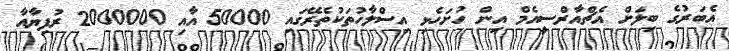
އެބަރުގެ ބިލަށް އެޗްއާރްސީއެމް އިން ހުށަހެޅި އިސްލާހުތަކުތެރޭގައި 50000 އާއި 2000000 ރުފިޔާއާ